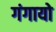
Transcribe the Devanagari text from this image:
गंगायो